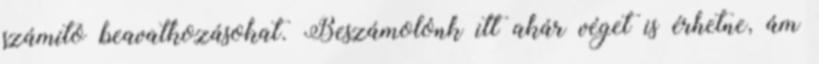
számító beavatkozásokat. Beszámolónk itt akár véget is érhetne, ám